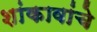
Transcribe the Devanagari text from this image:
शांकावांचे